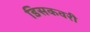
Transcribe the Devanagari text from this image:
डिसकवरी